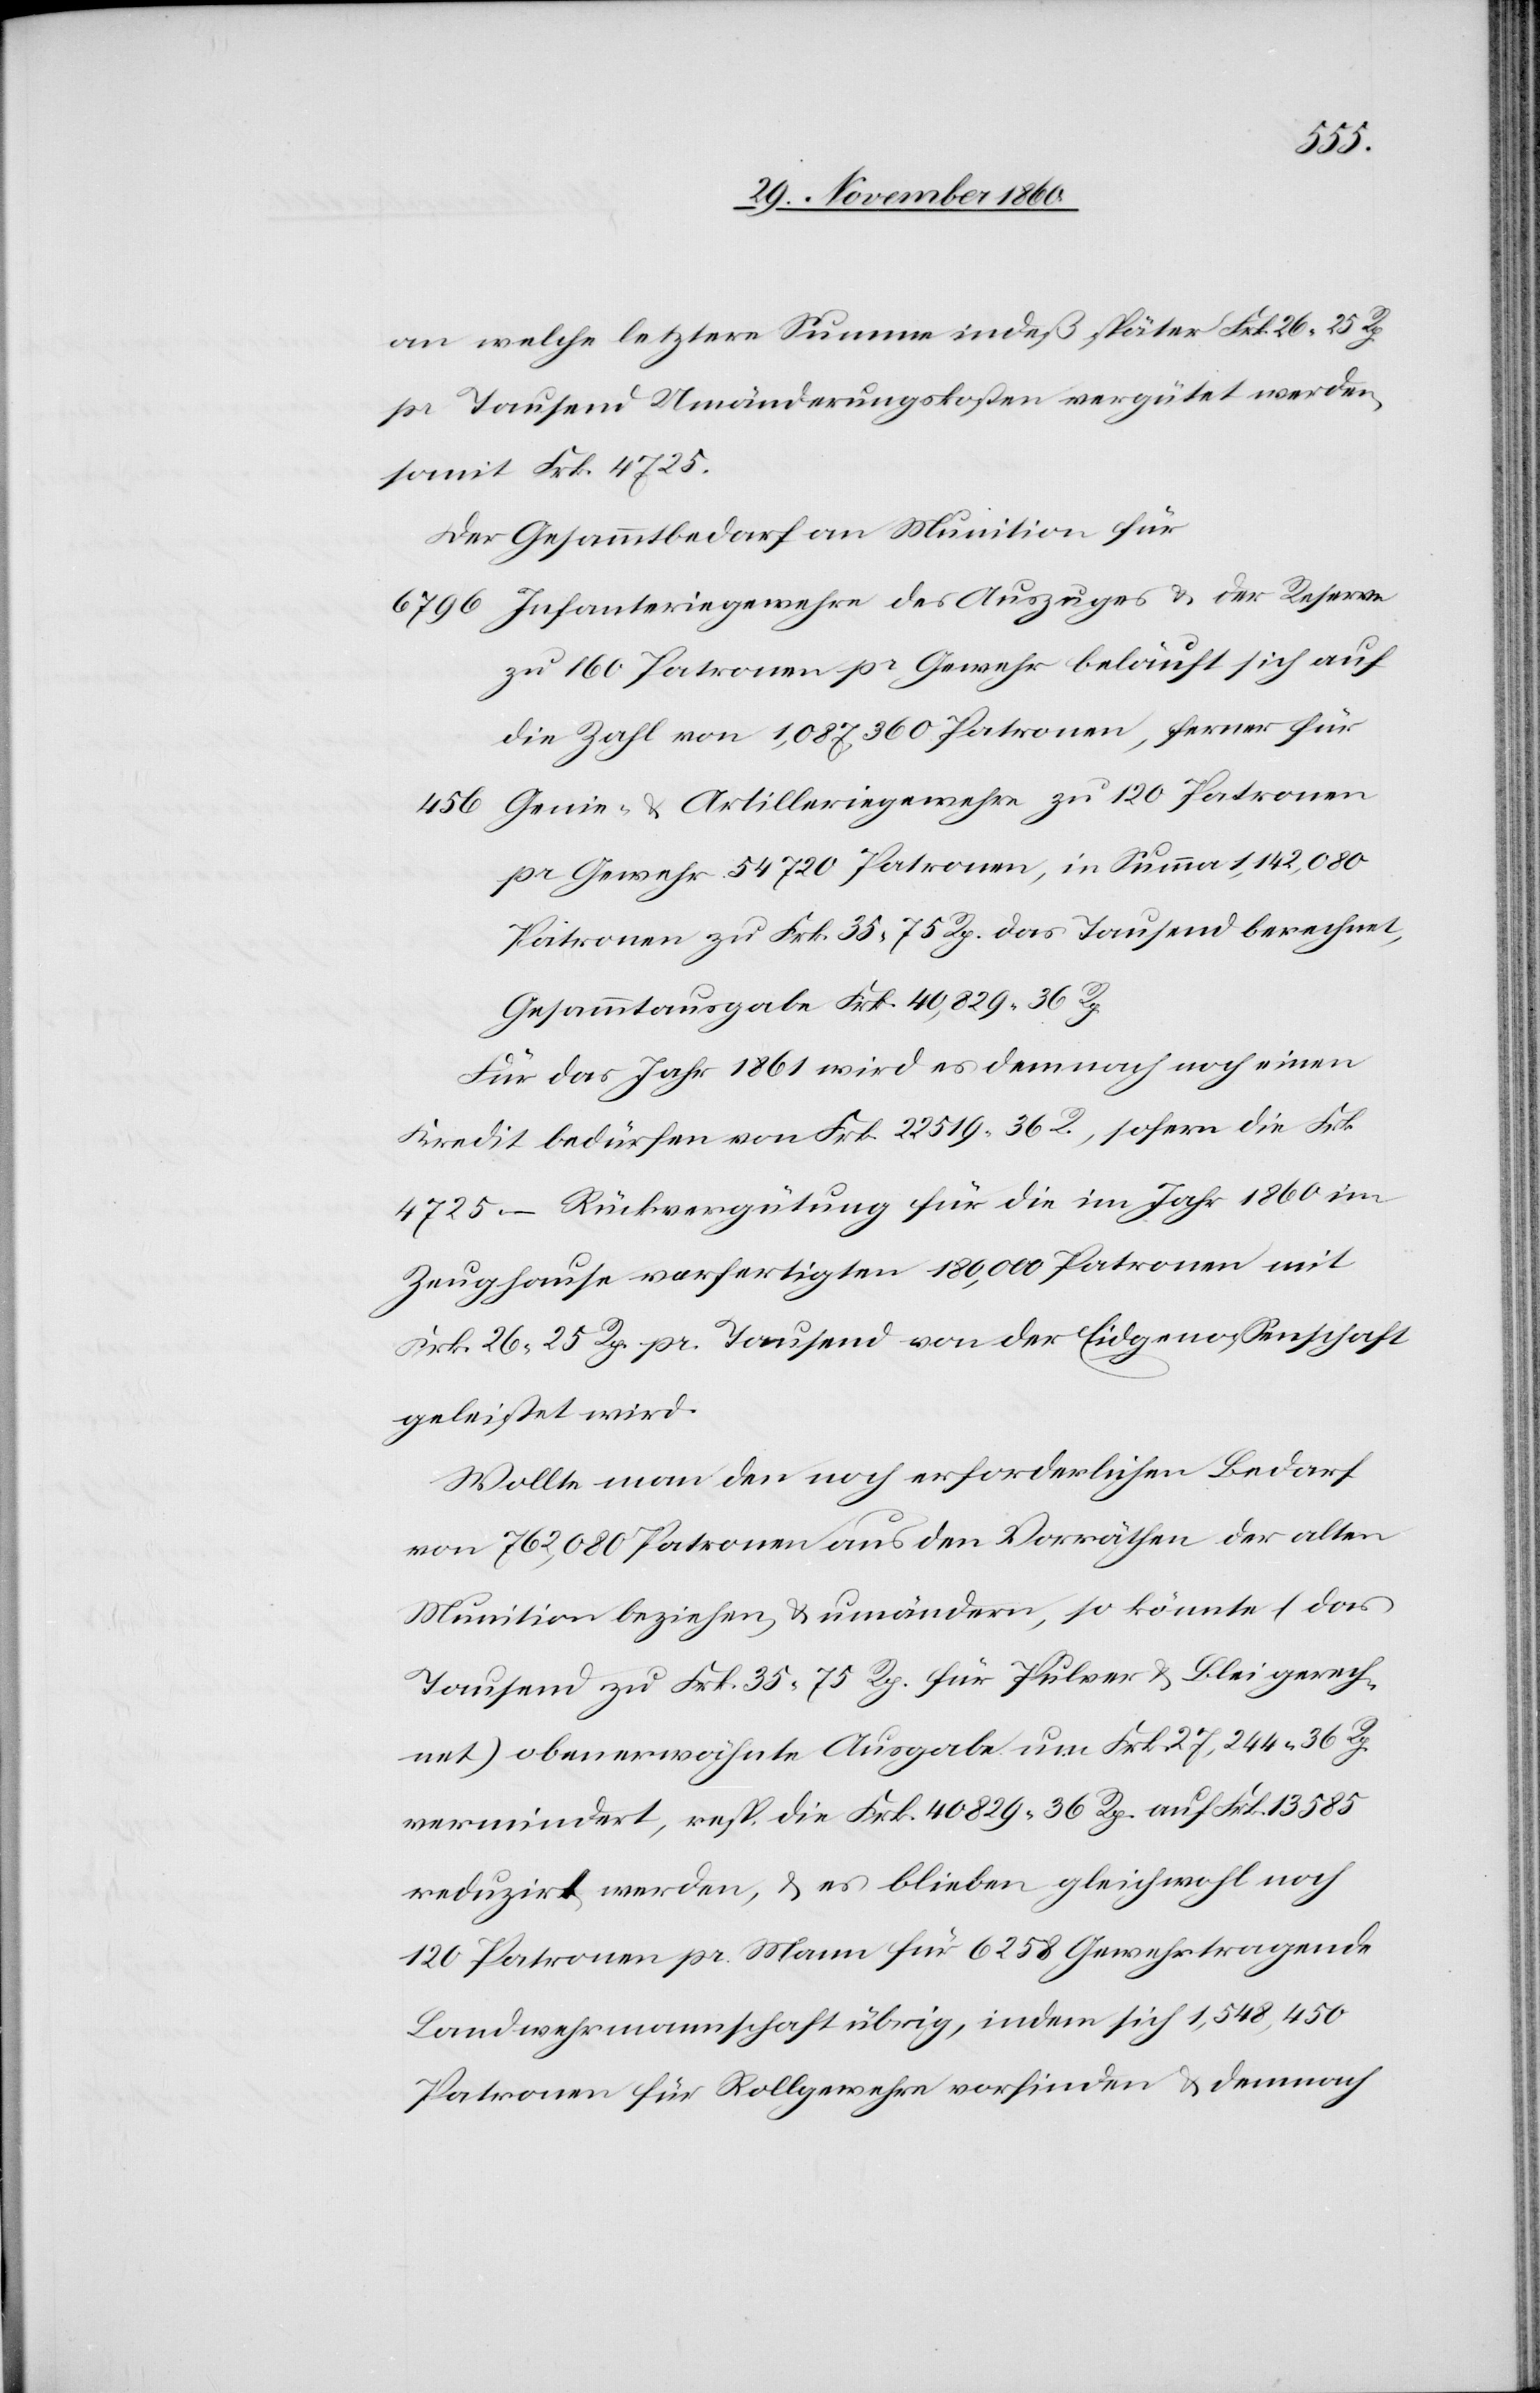
an welche letztere Summe indeß später Frk. 26 25 Rp.
pr. Tausend Umänderungskosten vergütet werden,
somit Frk. 4725.
Der Gesammtbedarf an Munition für
Infanteriegewehre des Auszuges u. der Reserve
zu 160 Patronen pr. Gewehr beläuft sich auf
die Zahl von 1,087,360 Patronen, ferner für
Genie- u. Artilleriegewehre zu 120 Patronen
pr. Gewehr 54 720 Patronen, in Summa 1,142,080
Patronen zu Frk. 35 75 Rp. das Tausend berechnet,
Gesammtausgabe Frk. 40,829 36 Rp.
Für das Jahr 1861 wird es demnach noch einen
Kredit bedürfen von Frk. 22 519 36 R., sofern die Frk.
4725 – Rückvergütung für die im Jahr 1860 im
Zeughause verfertigten 180, 000 Patronen mit
Frk. 26 25 Rp. pr. Tausend von der Eidgenossenschaft
geleistet wird.
Wollte man den noch erforderlichen Bedarf
von 762,080 Patronen aus den Vorräthen der alten
Munition beziehen u. umändern, so könnte (das
Tausend zu Frk. 35 75 Rp. für Pulver u. Blei gerech¬
net) obenerwähnte Ausgabe um Frk. 27,244 36 Rp.
vermindert, resp. die Frk. 40 829 36 Rp. auf Frk. 13 585
reduzirt werden, u. es blieben gleichwohl noch
120 Patronen pr. Mann für 6258 Gewehrtragende
Landwehrmannschaft übrig, indem sich 1,548,450
Patronen für Rollgewehre vorfinden u. demnach